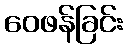
ဝေဖန်ခြင်း